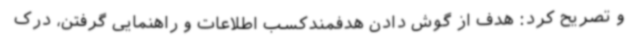
و تصریح کرد: هدف از گوش دادن هدفمندکسب اطلاعات و راهنمایی گرفتن، درک